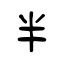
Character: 半